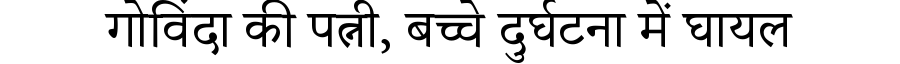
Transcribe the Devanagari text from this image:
गोविंदा की पत्नी, बच्चे दुर्घटना में घायल